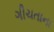
ગીચતાના